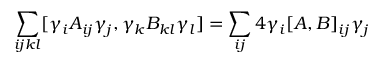
\sum _ { i j k l } [ \gamma _ { i } A _ { i j } \gamma _ { j } , \gamma _ { k } B _ { k l } \gamma _ { l } ] = \sum _ { i j } 4 \gamma _ { i } [ A , B ] _ { i j } \gamma _ { j }